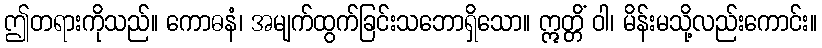
ဤတရားကိုသည်။ ကောဓနံ၊ အမျက်ထွက်ခြင်းသဘောရှိသော။ ဣတ္တိံ ဝါ၊ မိန်းမသို့လည်းကောင်း။